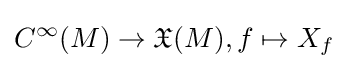
{C^{\infty }}(M)\to {\mathfrak {X}}(M),f\mapsto X_{f}